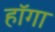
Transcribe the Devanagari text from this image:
हॉगा